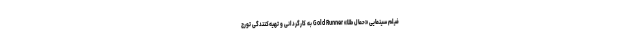
فيلم سينمايى «حمال طلا» Gold Runner به كارگردانی و تهيه‌كنندگى تورج